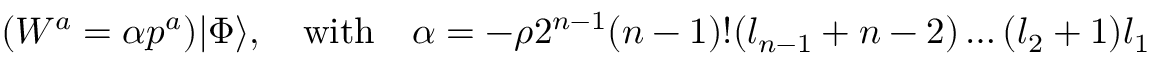
( W ^ { a } = \alpha p ^ { a } ) | \Phi \rangle , \quad \mathrm { w i t h } \quad \alpha = - \rho 2 ^ { n - 1 } ( n - 1 ) ! ( l _ { n - 1 } + n - 2 ) \ldots ( l _ { 2 } + 1 ) l _ { 1 }